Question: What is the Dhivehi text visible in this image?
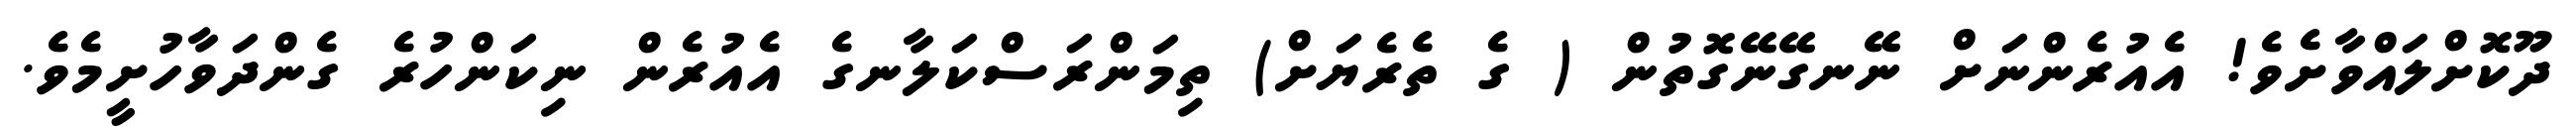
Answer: ދޫކޮށްލައްވާށެވެ! އެއުރެންނަށް ނޭނގޭނޭގޮތުން ( ގެ ތެރެޔަށް) ތިމަންރަސްކަލާނގެ އެއުރެން ނިކަންހުރެ ގެންދަވާހުށީމެވެ.